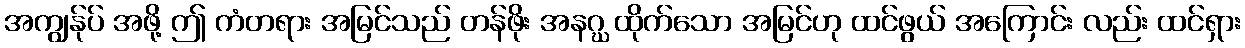
အကျွန်ုပ် အဖို့ ဤ ကံတရား အမြင်သည် တန်ဖိုး အနဂ္ဃ ထိုက်သော အမြင်ဟု ထင်ဖွယ် အကြောင်း လည်း ထင်ရှား